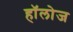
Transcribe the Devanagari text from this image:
हाॅलोज